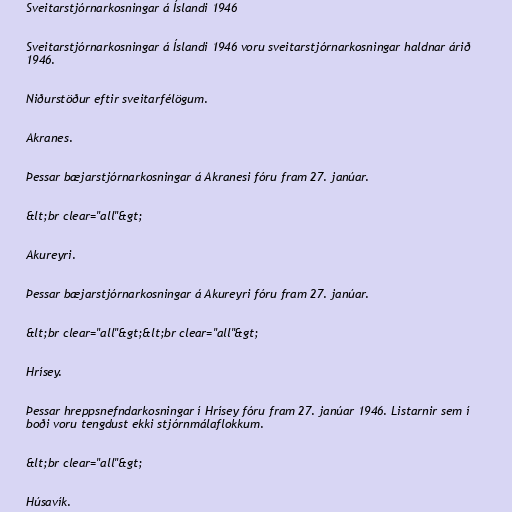
Sveitarstjórnarkosningar á Íslandi 1946

Sveitarstjórnarkosningar á Íslandi 1946 voru sveitarstjórnarkosningar haldnar árið
1946.

Niðurstöður eftir sveitarfélögum.

Akranes.

Þessar bæjarstjórnarkosningar á Akranesi fóru fram 27. janúar.

&lt;br clear="all"&gt;

Akureyri.

Þessar bæjarstjórnarkosningar á Akureyri fóru fram 27. janúar.

&lt;br clear="all"&gt;&lt;br clear="all"&gt;

Hrísey.

Þessar hreppsnefndarkosningar í Hrísey fóru fram 27. janúar 1946. Listarnir sem í
boði voru tengdust ekki stjórnmálaflokkum.

&lt;br clear="all"&gt;

Húsavík.